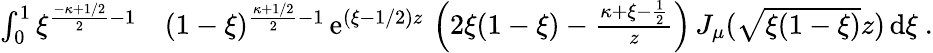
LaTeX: \begin{array}{r}{\begin{array}{rl}{\int_{0}^{1}\xi^{\frac{-\kappa+1/2}{2}-1}}&{(1-\xi)^{\frac{\kappa+1/2}{2}-1}\, \mathrm{e}^{(\xi-1/2)z}\, \left(2\xi(1-\xi)-\frac{\kappa+\xi-\frac{1}{2}}{z}\right)\, J_{\mu}(\sqrt{\xi(1-\xi)}z)\, \mathrm{d}\xi\ .}\end{array}}\end{array}